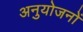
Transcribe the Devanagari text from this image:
अनुयोजनों